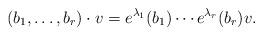
LaTeX: \begin{align*}(b_1,\dots,b_r) \cdot v = e^{\lambda_1}(b_1)\cdots e^{\lambda_r}(b_r) v.\end{align*}